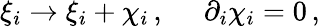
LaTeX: \xi_{i}\to\xi_{i}+\chi_{i}\, ,\, \, \, \, \, \, \, \, \partial_{i}\chi_{i}=0\, ,